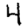
Digit: 4